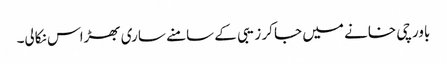
باورچی خانے میں جا کر زیبی کے سامنے ساری بھڑاس نکالی۔